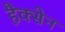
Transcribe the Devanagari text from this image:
हैक्सेन